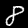
Label: 8